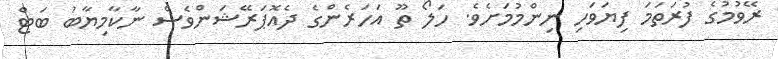
ރޭވުމުގެ ފުރަަތަމަ ފިޔަވަހި ނިންމުމަށެވެ. ހަލޯ ތޫ އަހަރެންގެ ދެއޮޕަރޭޝަންވެސް ނާކާމިޔާބު ބަޓް